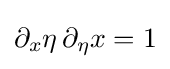
\partial _{x}\eta \,\partial _{\eta }x=1